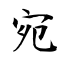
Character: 宛